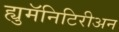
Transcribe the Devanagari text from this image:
ह्युमॅनिटिरीअन